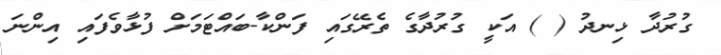
ގުރުދާ ޅިނދު ( ) އަކީ ގުރުދާގެ ތެރޭގައި ފަންކާ-ބައްޓަމަށް ފުޅާވެފައި އިންނަ